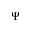
\Psi